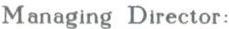
Managing Director: